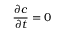
\frac { \partial c } { \partial t } = 0